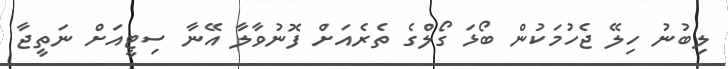
ލިބުނު ހިލޭ ޖެހުމަކުން ބޯޅަ ގޯލްގެ ތެރެއަށް ފޮނުވާލާ އޭނާ ސިޓީއަށް ނަތީޖާ